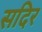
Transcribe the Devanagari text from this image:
सदिर